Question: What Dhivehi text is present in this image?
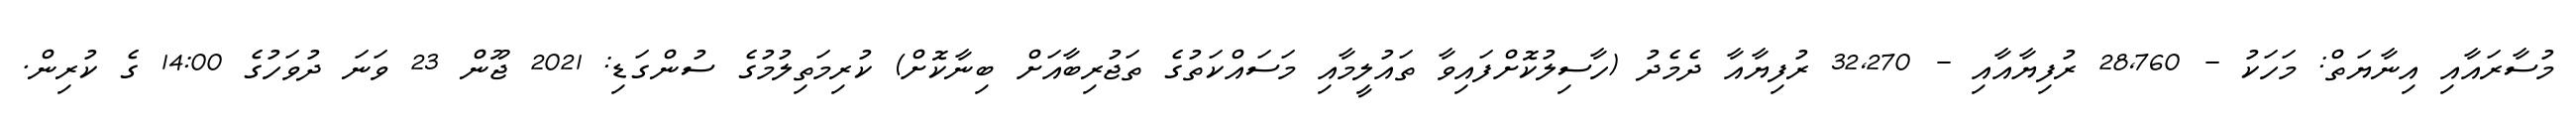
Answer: މުސާރައާއި އިނާޔަތް: މަހަކު - 28,760 ރުފިޔާއާއި - 32,270 ރުފިޔާއާ ދެމެދު (ހާސިލުކޮށްފައިވާ ތައުލީމާއި މަސައްކަތުގެ ތަޖުރިބާއަށް ބިނާކޮށް) ކުރިމަތިލުމުގެ ސުންގަޑި: 2021 ޖޫން 23 ވަނަ ދުވަހުގެ 14:00 ގެ ކުރިން.